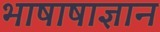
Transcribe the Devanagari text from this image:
भाषाषाज्ञान